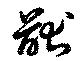
猷